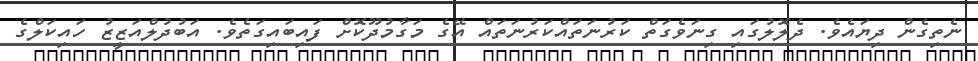
ނެތިގެން ދިޔައެވެ. ދެލޮލުގައި ގިނަވެގަތް ކަރުނަތައްކަރުނަތައް އޭގެ މަގާމުދޫކޮށް ފައިބައިގަތެވެ. އަބުދުލްއަޒީޒު ހައިކަލްގެ